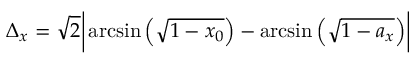
\Delta _ { x } = \sqrt { 2 } \bigg | \arcsin \Big ( \sqrt { 1 - x _ { 0 } } \Big ) - \arcsin \Big ( \sqrt { 1 - a _ { x } } \Big ) \bigg |